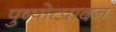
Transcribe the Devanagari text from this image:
पुष्पोत्पादन